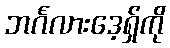
ဘင်္ဂလားဒေ့ရှ်ကို